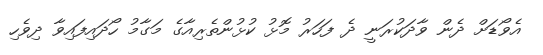
އެވޯޑަށް ދެން ވާދަކުރަނީ ދެ ފަހަރު މޮޅު ކުޅުންތެރިއާގެ މަގާމު ހޯދައިފައިވާ ދިވެހި